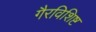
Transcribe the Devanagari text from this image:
गैरविशिष्ट